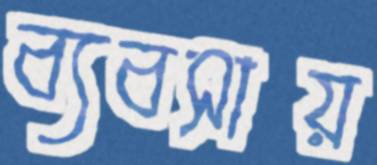
ব্যবসায়